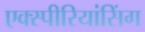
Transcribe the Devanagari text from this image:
एक्स्पीरियांसिंग